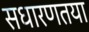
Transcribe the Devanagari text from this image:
सधारणतया